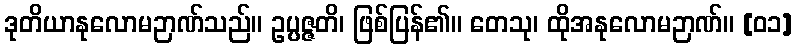
ဒုတိယာနုလောမဉာဏ်သည်။ ဥပ္ပဇ္ဇတိ၊ ဖြစ်ပြန်၏။ တေသု၊ ထိုအနုလောမဉာဏ်။ [၀၁]